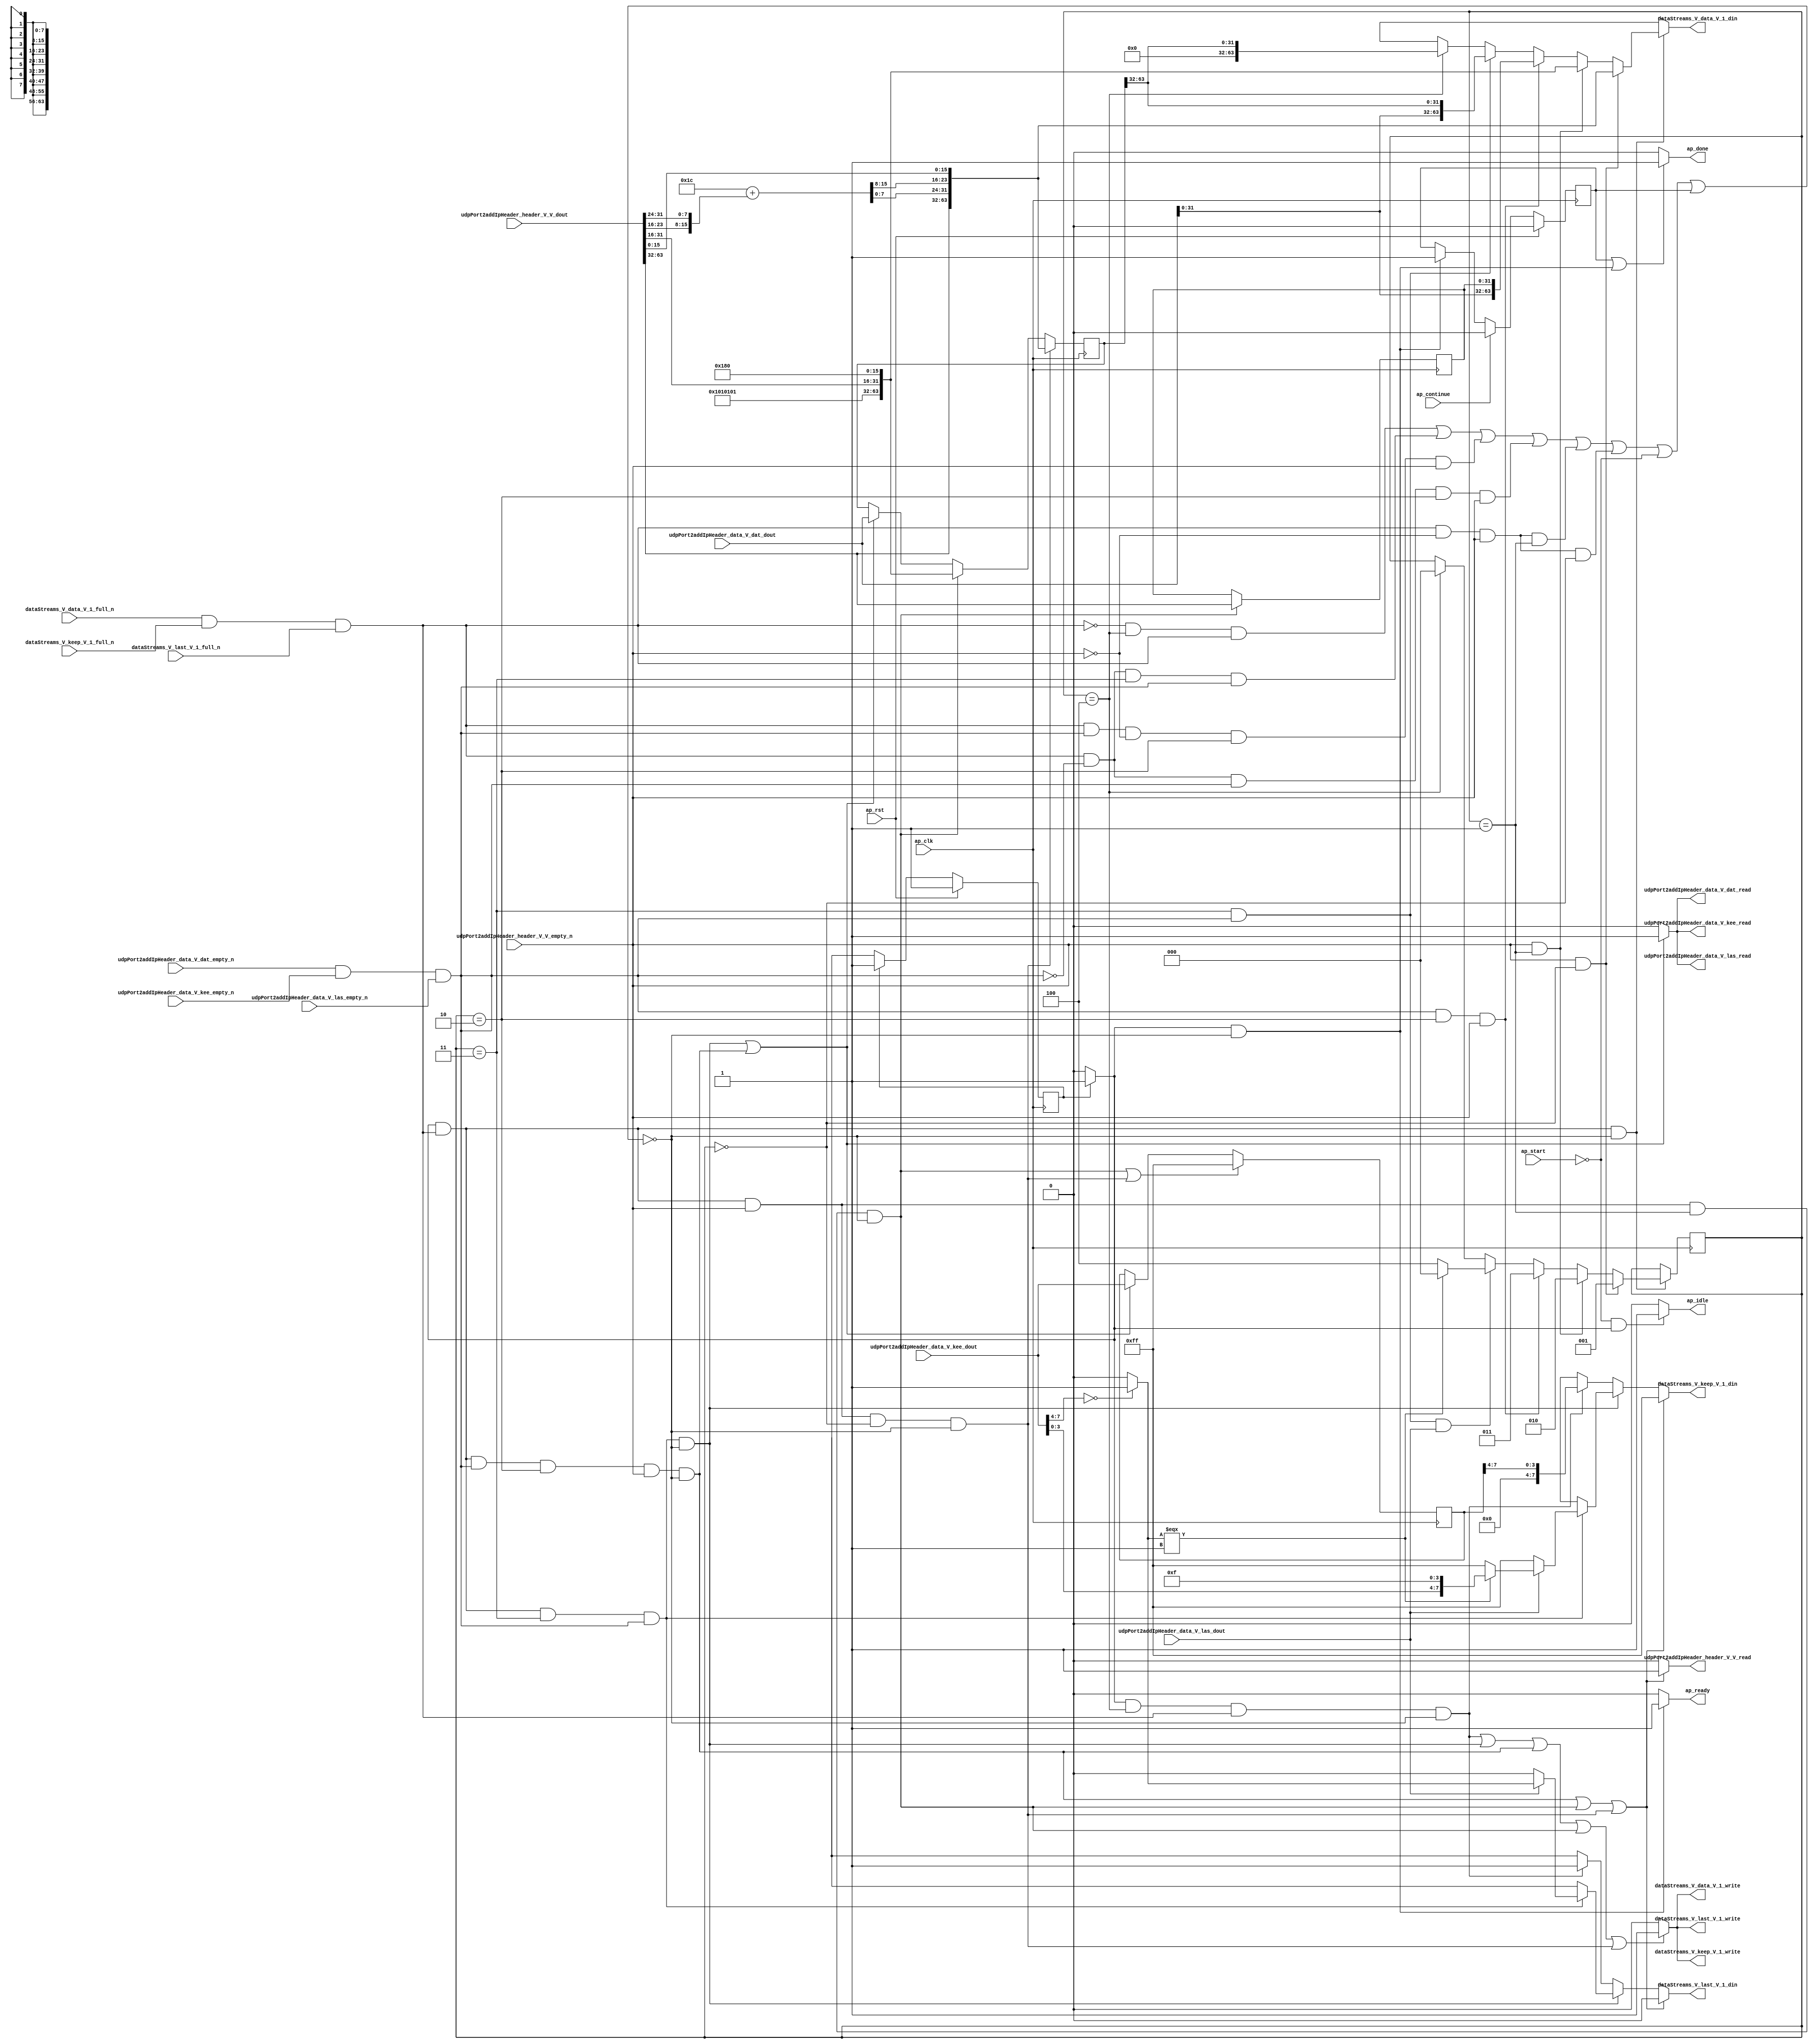
// This program was cloned from: https://github.com/mustafabbas/ECE1373_2016_hft_on_fpga
// License: MIT License

// ==============================================================
// RTL generated by Vivado(TM) HLS - High-Level Synthesis from C, C++ and SystemC
// Version: 2015.1
// Copyright (C) 2015 Xilinx Inc. All rights reserved.
// 
// ===========================================================

`timescale 1 ns / 1 ps 

module icmp_server_udpAddIpHeader (
        ap_clk,
        ap_rst,
        ap_start,
        ap_done,
        ap_continue,
        ap_idle,
        ap_ready,
        udpPort2addIpHeader_header_V_V_dout,
        udpPort2addIpHeader_header_V_V_empty_n,
        udpPort2addIpHeader_header_V_V_read,
        dataStreams_V_data_V_1_din,
        dataStreams_V_data_V_1_full_n,
        dataStreams_V_data_V_1_write,
        dataStreams_V_keep_V_1_din,
        dataStreams_V_keep_V_1_full_n,
        dataStreams_V_keep_V_1_write,
        dataStreams_V_last_V_1_din,
        dataStreams_V_last_V_1_full_n,
        dataStreams_V_last_V_1_write,
        udpPort2addIpHeader_data_V_dat_dout,
        udpPort2addIpHeader_data_V_dat_empty_n,
        udpPort2addIpHeader_data_V_dat_read,
        udpPort2addIpHeader_data_V_kee_dout,
        udpPort2addIpHeader_data_V_kee_empty_n,
        udpPort2addIpHeader_data_V_kee_read,
        udpPort2addIpHeader_data_V_las_dout,
        udpPort2addIpHeader_data_V_las_empty_n,
        udpPort2addIpHeader_data_V_las_read
);

parameter    ap_const_logic_1 = 1'b1;
parameter    ap_const_logic_0 = 1'b0;
parameter    ap_ST_st1_fsm_0 = 1'b1;
parameter    ap_const_lv32_0 = 32'b00000000000000000000000000000000;
parameter    ap_const_lv1_1 = 1'b1;
parameter    ap_const_lv3_0 = 3'b000;
parameter    ap_const_lv3_4 = 3'b100;
parameter    ap_const_lv1_0 = 1'b0;
parameter    ap_const_lv3_3 = 3'b11;
parameter    ap_const_lv3_2 = 3'b10;
parameter    ap_const_lv3_1 = 3'b1;
parameter    ap_const_lv8_FF = 8'b11111111;
parameter    ap_const_lv32_20 = 32'b100000;
parameter    ap_const_lv32_3F = 32'b111111;
parameter    ap_const_lv32_4 = 32'b100;
parameter    ap_const_lv32_7 = 32'b111;
parameter    ap_const_lv4_0 = 4'b0000;
parameter    ap_const_lv4_F = 4'b1111;
parameter    ap_const_lv8_80 = 8'b10000000;
parameter    ap_const_lv8_1 = 8'b1;
parameter    ap_const_lv32_8 = 32'b1000;
parameter    ap_const_lv32_F = 32'b1111;
parameter    ap_const_lv32_1010101 = 32'b1000000010000000100000001;
parameter    ap_const_lv32_18 = 32'b11000;
parameter    ap_const_lv32_1F = 32'b11111;
parameter    ap_const_lv32_10 = 32'b10000;
parameter    ap_const_lv32_17 = 32'b10111;
parameter    ap_const_lv16_1C = 16'b11100;
parameter    ap_true = 1'b1;

input   ap_clk;
input   ap_rst;
input   ap_start;
output   ap_done;
input   ap_continue;
output   ap_idle;
output   ap_ready;
input  [63:0] udpPort2addIpHeader_header_V_V_dout;
input   udpPort2addIpHeader_header_V_V_empty_n;
output   udpPort2addIpHeader_header_V_V_read;
output  [63:0] dataStreams_V_data_V_1_din;
input   dataStreams_V_data_V_1_full_n;
output   dataStreams_V_data_V_1_write;
output  [7:0] dataStreams_V_keep_V_1_din;
input   dataStreams_V_keep_V_1_full_n;
output   dataStreams_V_keep_V_1_write;
output  [0:0] dataStreams_V_last_V_1_din;
input   dataStreams_V_last_V_1_full_n;
output   dataStreams_V_last_V_1_write;
input  [63:0] udpPort2addIpHeader_data_V_dat_dout;
input   udpPort2addIpHeader_data_V_dat_empty_n;
output   udpPort2addIpHeader_data_V_dat_read;
input  [7:0] udpPort2addIpHeader_data_V_kee_dout;
input   udpPort2addIpHeader_data_V_kee_empty_n;
output   udpPort2addIpHeader_data_V_kee_read;
input  [0:0] udpPort2addIpHeader_data_V_las_dout;
input   udpPort2addIpHeader_data_V_las_empty_n;
output   udpPort2addIpHeader_data_V_las_read;

reg ap_done;
reg ap_idle;
reg ap_ready;
reg udpPort2addIpHeader_header_V_V_read;
reg[63:0] dataStreams_V_data_V_1_din;
reg[7:0] dataStreams_V_keep_V_1_din;
reg[0:0] dataStreams_V_last_V_1_din;
reg    ap_done_reg = 1'b0;
(* fsm_encoding = "none" *) reg   [0:0] ap_CS_fsm = 1'b1;
reg    ap_sig_cseq_ST_st1_fsm_0;
reg    ap_sig_bdd_20;
reg   [2:0] addIpState = 3'b000;
reg   [63:0] tempWord_data_V = 64'b0000000000000000000000000000000000000000000000000000000000000000;
reg   [7:0] tempWord_keep_V = 8'b00000000;
reg   [31:0] sourceIP_V = 32'b00000000000000000000000000000000;
wire   [7:0] p_0122_1_fu_355_p3;
reg   [7:0] tmp_keep_V_13_phi_fu_207_p4;
wire    dataStreams_V_data_V_11_status;
wire   [0:0] grp_nbwritereq_fu_140_p5;
wire    udpPort2addIpHeader_data_V_dat0_status;
wire   [0:0] grp_nbreadreq_fu_166_p5;
wire   [0:0] grp_nbreadreq_fu_188_p3;
reg    ap_sig_bdd_123;
wire   [0:0] tmp_last_V_fu_301_p1;
wire   [0:0] tmp_s_fu_328_p2;
reg   [0:0] tmp_last_V_11_phi_fu_218_p4;
reg    dataStreams_V_data_V_11_update;
wire   [63:0] p_Result_14_fu_271_p1;
wire   [63:0] p_Result_12_fu_309_p3;
wire   [63:0] p_Result_11_fu_382_p5;
wire   [63:0] p_Result_10_fu_441_p5;
wire   [63:0] p_Result_s_fu_522_p5;
wire   [7:0] p_Result_15_fu_290_p1;
reg    udpPort2addIpHeader_data_V_dat0_update;
wire   [2:0] storemerge_fu_347_p3;
wire   [31:0] grp_fu_227_p4;
wire   [3:0] tmp_24_fu_280_p4;
wire   [31:0] tmp_92_fu_305_p1;
wire   [3:0] p_Result_s_85_fu_318_p4;
wire   [3:0] tmp_94_fu_335_p1;
wire   [7:0] p_Result_13_fu_339_p3;
wire  signed [63:0] tempData_V_fu_374_p1;
wire   [31:0] tmp_93_fu_378_p1;
wire   [63:0] p_Result_8_fu_401_p5;
wire   [63:0] p_Result_9_fu_413_p5;
wire   [7:0] p_Result_2_i_fu_476_p4;
wire   [7:0] p_Result_i_fu_466_p4;
wire   [15:0] tempLength_V_fu_486_p3;
wire   [15:0] p_Val2_6_fu_494_p2;
wire   [7:0] tmp_91_fu_510_p1;
wire   [7:0] p_Result_i1_fu_500_p4;
wire   [15:0] tmp_i3_fu_514_p3;
reg   [0:0] ap_NS_fsm;
reg    ap_sig_bdd_337;
reg    ap_sig_bdd_95;
reg    ap_sig_bdd_102;
reg    ap_sig_bdd_107;
reg    ap_sig_bdd_336;
reg    ap_sig_bdd_84;
reg    ap_sig_bdd_189;




/// the current state (ap_CS_fsm) of the state machine. ///
always @ (posedge ap_clk)
begin : ap_ret_ap_CS_fsm
    if (ap_rst == 1'b1) begin
        ap_CS_fsm <= ap_ST_st1_fsm_0;
    end else begin
        ap_CS_fsm <= ap_NS_fsm;
    end
end

/// ap_done_reg assign process. ///
always @ (posedge ap_clk)
begin : ap_ret_ap_done_reg
    if (ap_rst == 1'b1) begin
        ap_done_reg <= ap_const_logic_0;
    end else begin
        if ((ap_const_logic_1 == ap_continue)) begin
            ap_done_reg <= ap_const_logic_0;
        end else if (((ap_const_logic_1 == ap_sig_cseq_ST_st1_fsm_0) & ~ap_sig_bdd_123)) begin
            ap_done_reg <= ap_const_logic_1;
        end
    end
end

/// assign process. ///
always @(posedge ap_clk)
begin
    if (ap_sig_bdd_336) begin
        if (ap_sig_bdd_107) begin
            addIpState <= ap_const_lv3_1;
        end else if (ap_sig_bdd_102) begin
            addIpState <= ap_const_lv3_2;
        end else if (ap_sig_bdd_95) begin
            addIpState <= ap_const_lv3_3;
        end else if (ap_sig_bdd_337) begin
            addIpState <= storemerge_fu_347_p3;
        end else if ((addIpState == ap_const_lv3_4)) begin
            addIpState <= ap_const_lv3_0;
        end
    end
end

/// assign process. ///
always @(posedge ap_clk)
begin
    if (((ap_const_logic_1 == ap_sig_cseq_ST_st1_fsm_0) & ~(grp_nbwritereq_fu_140_p5 == ap_const_lv1_0) & ~(ap_const_lv1_0 == grp_nbreadreq_fu_188_p3) & (ap_const_lv3_0 == addIpState) & ~ap_sig_bdd_123)) begin
        tempWord_data_V <= p_Result_s_fu_522_p5;
    end else if (((ap_const_logic_1 == ap_sig_cseq_ST_st1_fsm_0) & ~(grp_nbwritereq_fu_140_p5 == ap_const_lv1_0) & ~(ap_const_lv1_0 == grp_nbreadreq_fu_188_p3) & (addIpState == ap_const_lv3_1) & ~ap_sig_bdd_123)) begin
        tempWord_data_V <= p_Result_10_fu_441_p5;
    end else if ((((ap_const_logic_1 == ap_sig_cseq_ST_st1_fsm_0) & ~(grp_nbwritereq_fu_140_p5 == ap_const_lv1_0) & (addIpState == ap_const_lv3_3) & ~(ap_const_lv1_0 == grp_nbreadreq_fu_166_p5) & ~ap_sig_bdd_123) | ((ap_const_logic_1 == ap_sig_cseq_ST_st1_fsm_0) & ~(grp_nbwritereq_fu_140_p5 == ap_const_lv1_0) & ~(ap_const_lv1_0 == grp_nbreadreq_fu_166_p5) & (addIpState == ap_const_lv3_2) & ~(ap_const_lv1_0 == grp_nbreadreq_fu_188_p3) & ~ap_sig_bdd_123))) begin
        tempWord_data_V <= udpPort2addIpHeader_data_V_dat_dout;
    end
end

/// assign process. ///
always @(posedge ap_clk)
begin
    if ((((ap_const_logic_1 == ap_sig_cseq_ST_st1_fsm_0) & ~(grp_nbwritereq_fu_140_p5 == ap_const_lv1_0) & ~(ap_const_lv1_0 == grp_nbreadreq_fu_188_p3) & (addIpState == ap_const_lv3_1) & ~ap_sig_bdd_123) | ((ap_const_logic_1 == ap_sig_cseq_ST_st1_fsm_0) & ~(grp_nbwritereq_fu_140_p5 == ap_const_lv1_0) & ~(ap_const_lv1_0 == grp_nbreadreq_fu_188_p3) & (ap_const_lv3_0 == addIpState) & ~ap_sig_bdd_123))) begin
        tempWord_keep_V <= ap_const_lv8_FF;
    end else if ((((ap_const_logic_1 == ap_sig_cseq_ST_st1_fsm_0) & ~(grp_nbwritereq_fu_140_p5 == ap_const_lv1_0) & (addIpState == ap_const_lv3_3) & ~(ap_const_lv1_0 == grp_nbreadreq_fu_166_p5) & ~ap_sig_bdd_123) | ((ap_const_logic_1 == ap_sig_cseq_ST_st1_fsm_0) & ~(grp_nbwritereq_fu_140_p5 == ap_const_lv1_0) & ~(ap_const_lv1_0 == grp_nbreadreq_fu_166_p5) & (addIpState == ap_const_lv3_2) & ~(ap_const_lv1_0 == grp_nbreadreq_fu_188_p3) & ~ap_sig_bdd_123))) begin
        tempWord_keep_V <= udpPort2addIpHeader_data_V_kee_dout;
    end
end

/// assign process. ///
always @(posedge ap_clk)
begin
    if (((ap_const_logic_1 == ap_sig_cseq_ST_st1_fsm_0) & ~(grp_nbwritereq_fu_140_p5 == ap_const_lv1_0) & ~(ap_const_lv1_0 == grp_nbreadreq_fu_188_p3) & (addIpState == ap_const_lv3_1) & ~ap_sig_bdd_123)) begin
        sourceIP_V <= {{udpPort2addIpHeader_header_V_V_dout[ap_const_lv32_3F : ap_const_lv32_20]}};
    end
end

/// ap_done assign process. ///
always @ (ap_done_reg or ap_sig_cseq_ST_st1_fsm_0 or ap_sig_bdd_123)
begin
    if (((ap_const_logic_1 == ap_done_reg) | ((ap_const_logic_1 == ap_sig_cseq_ST_st1_fsm_0) & ~ap_sig_bdd_123))) begin
        ap_done = ap_const_logic_1;
    end else begin
        ap_done = ap_const_logic_0;
    end
end

/// ap_idle assign process. ///
always @ (ap_start or ap_sig_cseq_ST_st1_fsm_0)
begin
    if ((~(ap_const_logic_1 == ap_start) & (ap_const_logic_1 == ap_sig_cseq_ST_st1_fsm_0))) begin
        ap_idle = ap_const_logic_1;
    end else begin
        ap_idle = ap_const_logic_0;
    end
end

/// ap_ready assign process. ///
always @ (ap_sig_cseq_ST_st1_fsm_0 or ap_sig_bdd_123)
begin
    if (((ap_const_logic_1 == ap_sig_cseq_ST_st1_fsm_0) & ~ap_sig_bdd_123)) begin
        ap_ready = ap_const_logic_1;
    end else begin
        ap_ready = ap_const_logic_0;
    end
end

/// ap_sig_cseq_ST_st1_fsm_0 assign process. ///
always @ (ap_sig_bdd_20)
begin
    if (ap_sig_bdd_20) begin
        ap_sig_cseq_ST_st1_fsm_0 = ap_const_logic_1;
    end else begin
        ap_sig_cseq_ST_st1_fsm_0 = ap_const_logic_0;
    end
end

/// dataStreams_V_data_V_11_update assign process. ///
always @ (ap_sig_cseq_ST_st1_fsm_0 or addIpState or grp_nbwritereq_fu_140_p5 or grp_nbreadreq_fu_166_p5 or grp_nbreadreq_fu_188_p3 or ap_sig_bdd_123)
begin
    if ((((ap_const_logic_1 == ap_sig_cseq_ST_st1_fsm_0) & (addIpState == ap_const_lv3_4) & ~(grp_nbwritereq_fu_140_p5 == ap_const_lv1_0) & ~ap_sig_bdd_123) | ((ap_const_logic_1 == ap_sig_cseq_ST_st1_fsm_0) & ~(grp_nbwritereq_fu_140_p5 == ap_const_lv1_0) & (addIpState == ap_const_lv3_3) & ~(ap_const_lv1_0 == grp_nbreadreq_fu_166_p5) & ~ap_sig_bdd_123) | ((ap_const_logic_1 == ap_sig_cseq_ST_st1_fsm_0) & ~(grp_nbwritereq_fu_140_p5 == ap_const_lv1_0) & ~(ap_const_lv1_0 == grp_nbreadreq_fu_166_p5) & (addIpState == ap_const_lv3_2) & ~(ap_const_lv1_0 == grp_nbreadreq_fu_188_p3) & ~ap_sig_bdd_123) | ((ap_const_logic_1 == ap_sig_cseq_ST_st1_fsm_0) & ~(grp_nbwritereq_fu_140_p5 == ap_const_lv1_0) & ~(ap_const_lv1_0 == grp_nbreadreq_fu_188_p3) & (addIpState == ap_const_lv3_1) & ~ap_sig_bdd_123) | ((ap_const_logic_1 == ap_sig_cseq_ST_st1_fsm_0) & ~(grp_nbwritereq_fu_140_p5 == ap_const_lv1_0) & ~(ap_const_lv1_0 == grp_nbreadreq_fu_188_p3) & (ap_const_lv3_0 == addIpState) & ~ap_sig_bdd_123))) begin
        dataStreams_V_data_V_11_update = ap_const_logic_1;
    end else begin
        dataStreams_V_data_V_11_update = ap_const_logic_0;
    end
end

/// dataStreams_V_data_V_1_din assign process. ///
always @ (addIpState or p_Result_14_fu_271_p1 or p_Result_12_fu_309_p3 or p_Result_11_fu_382_p5 or p_Result_10_fu_441_p5 or p_Result_s_fu_522_p5 or ap_sig_bdd_95 or ap_sig_bdd_102 or ap_sig_bdd_107 or ap_sig_bdd_336 or ap_sig_bdd_84)
begin
    if (ap_sig_bdd_336) begin
        if (ap_sig_bdd_107) begin
            dataStreams_V_data_V_1_din = p_Result_s_fu_522_p5;
        end else if (ap_sig_bdd_102) begin
            dataStreams_V_data_V_1_din = p_Result_10_fu_441_p5;
        end else if (ap_sig_bdd_95) begin
            dataStreams_V_data_V_1_din = p_Result_11_fu_382_p5;
        end else if (ap_sig_bdd_84) begin
            dataStreams_V_data_V_1_din = p_Result_12_fu_309_p3;
        end else if ((addIpState == ap_const_lv3_4)) begin
            dataStreams_V_data_V_1_din = p_Result_14_fu_271_p1;
        end else begin
            dataStreams_V_data_V_1_din = 'bx;
        end
    end else begin
        dataStreams_V_data_V_1_din = 'bx;
    end
end

/// dataStreams_V_keep_V_1_din assign process. ///
always @ (ap_sig_cseq_ST_st1_fsm_0 or addIpState or tmp_keep_V_13_phi_fu_207_p4 or grp_nbwritereq_fu_140_p5 or grp_nbreadreq_fu_166_p5 or grp_nbreadreq_fu_188_p3 or ap_sig_bdd_123 or p_Result_15_fu_290_p1)
begin
    if ((((ap_const_logic_1 == ap_sig_cseq_ST_st1_fsm_0) & ~(grp_nbwritereq_fu_140_p5 == ap_const_lv1_0) & ~(ap_const_lv1_0 == grp_nbreadreq_fu_166_p5) & (addIpState == ap_const_lv3_2) & ~(ap_const_lv1_0 == grp_nbreadreq_fu_188_p3) & ~ap_sig_bdd_123) | ((ap_const_logic_1 == ap_sig_cseq_ST_st1_fsm_0) & ~(grp_nbwritereq_fu_140_p5 == ap_const_lv1_0) & ~(ap_const_lv1_0 == grp_nbreadreq_fu_188_p3) & (addIpState == ap_const_lv3_1) & ~ap_sig_bdd_123) | ((ap_const_logic_1 == ap_sig_cseq_ST_st1_fsm_0) & ~(grp_nbwritereq_fu_140_p5 == ap_const_lv1_0) & ~(ap_const_lv1_0 == grp_nbreadreq_fu_188_p3) & (ap_const_lv3_0 == addIpState) & ~ap_sig_bdd_123))) begin
        dataStreams_V_keep_V_1_din = ap_const_lv8_FF;
    end else if (((ap_const_logic_1 == ap_sig_cseq_ST_st1_fsm_0) & ~(grp_nbwritereq_fu_140_p5 == ap_const_lv1_0) & (addIpState == ap_const_lv3_3) & ~(ap_const_lv1_0 == grp_nbreadreq_fu_166_p5) & ~ap_sig_bdd_123)) begin
        dataStreams_V_keep_V_1_din = tmp_keep_V_13_phi_fu_207_p4;
    end else if (((ap_const_logic_1 == ap_sig_cseq_ST_st1_fsm_0) & (addIpState == ap_const_lv3_4) & ~(grp_nbwritereq_fu_140_p5 == ap_const_lv1_0) & ~ap_sig_bdd_123)) begin
        dataStreams_V_keep_V_1_din = p_Result_15_fu_290_p1;
    end else begin
        dataStreams_V_keep_V_1_din = 'bx;
    end
end

/// dataStreams_V_last_V_1_din assign process. ///
always @ (ap_sig_cseq_ST_st1_fsm_0 or addIpState or grp_nbwritereq_fu_140_p5 or grp_nbreadreq_fu_166_p5 or grp_nbreadreq_fu_188_p3 or ap_sig_bdd_123 or tmp_last_V_11_phi_fu_218_p4)
begin
    if ((((ap_const_logic_1 == ap_sig_cseq_ST_st1_fsm_0) & ~(grp_nbwritereq_fu_140_p5 == ap_const_lv1_0) & ~(ap_const_lv1_0 == grp_nbreadreq_fu_166_p5) & (addIpState == ap_const_lv3_2) & ~(ap_const_lv1_0 == grp_nbreadreq_fu_188_p3) & ~ap_sig_bdd_123) | ((ap_const_logic_1 == ap_sig_cseq_ST_st1_fsm_0) & ~(grp_nbwritereq_fu_140_p5 == ap_const_lv1_0) & ~(ap_const_lv1_0 == grp_nbreadreq_fu_188_p3) & (addIpState == ap_const_lv3_1) & ~ap_sig_bdd_123) | ((ap_const_logic_1 == ap_sig_cseq_ST_st1_fsm_0) & ~(grp_nbwritereq_fu_140_p5 == ap_const_lv1_0) & ~(ap_const_lv1_0 == grp_nbreadreq_fu_188_p3) & (ap_const_lv3_0 == addIpState) & ~ap_sig_bdd_123))) begin
        dataStreams_V_last_V_1_din = ap_const_lv1_0;
    end else if (((ap_const_logic_1 == ap_sig_cseq_ST_st1_fsm_0) & ~(grp_nbwritereq_fu_140_p5 == ap_const_lv1_0) & (addIpState == ap_const_lv3_3) & ~(ap_const_lv1_0 == grp_nbreadreq_fu_166_p5) & ~ap_sig_bdd_123)) begin
        dataStreams_V_last_V_1_din = tmp_last_V_11_phi_fu_218_p4;
    end else if (((ap_const_logic_1 == ap_sig_cseq_ST_st1_fsm_0) & (addIpState == ap_const_lv3_4) & ~(grp_nbwritereq_fu_140_p5 == ap_const_lv1_0) & ~ap_sig_bdd_123)) begin
        dataStreams_V_last_V_1_din = ap_const_lv1_1;
    end else begin
        dataStreams_V_last_V_1_din = 'bx;
    end
end

/// tmp_keep_V_13_phi_fu_207_p4 assign process. ///
always @ (p_0122_1_fu_355_p3 or tmp_last_V_fu_301_p1 or ap_sig_bdd_189)
begin
    if (ap_sig_bdd_189) begin
        if ((ap_const_lv1_0 == tmp_last_V_fu_301_p1)) begin
            tmp_keep_V_13_phi_fu_207_p4 = ap_const_lv8_FF;
        end else if (~(ap_const_lv1_0 == tmp_last_V_fu_301_p1)) begin
            tmp_keep_V_13_phi_fu_207_p4 = p_0122_1_fu_355_p3;
        end else begin
            tmp_keep_V_13_phi_fu_207_p4 = 'bx;
        end
    end else begin
        tmp_keep_V_13_phi_fu_207_p4 = 'bx;
    end
end

/// tmp_last_V_11_phi_fu_218_p4 assign process. ///
always @ (tmp_last_V_fu_301_p1 or tmp_s_fu_328_p2 or ap_sig_bdd_189)
begin
    if (ap_sig_bdd_189) begin
        if ((ap_const_lv1_0 == tmp_last_V_fu_301_p1)) begin
            tmp_last_V_11_phi_fu_218_p4 = ap_const_lv1_0;
        end else if (~(ap_const_lv1_0 == tmp_last_V_fu_301_p1)) begin
            tmp_last_V_11_phi_fu_218_p4 = tmp_s_fu_328_p2;
        end else begin
            tmp_last_V_11_phi_fu_218_p4 = 'bx;
        end
    end else begin
        tmp_last_V_11_phi_fu_218_p4 = 'bx;
    end
end

/// udpPort2addIpHeader_data_V_dat0_update assign process. ///
always @ (ap_sig_cseq_ST_st1_fsm_0 or addIpState or grp_nbwritereq_fu_140_p5 or grp_nbreadreq_fu_166_p5 or grp_nbreadreq_fu_188_p3 or ap_sig_bdd_123)
begin
    if ((((ap_const_logic_1 == ap_sig_cseq_ST_st1_fsm_0) & ~(grp_nbwritereq_fu_140_p5 == ap_const_lv1_0) & (addIpState == ap_const_lv3_3) & ~(ap_const_lv1_0 == grp_nbreadreq_fu_166_p5) & ~ap_sig_bdd_123) | ((ap_const_logic_1 == ap_sig_cseq_ST_st1_fsm_0) & ~(grp_nbwritereq_fu_140_p5 == ap_const_lv1_0) & ~(ap_const_lv1_0 == grp_nbreadreq_fu_166_p5) & (addIpState == ap_const_lv3_2) & ~(ap_const_lv1_0 == grp_nbreadreq_fu_188_p3) & ~ap_sig_bdd_123))) begin
        udpPort2addIpHeader_data_V_dat0_update = ap_const_logic_1;
    end else begin
        udpPort2addIpHeader_data_V_dat0_update = ap_const_logic_0;
    end
end

/// udpPort2addIpHeader_header_V_V_read assign process. ///
always @ (ap_sig_cseq_ST_st1_fsm_0 or addIpState or grp_nbwritereq_fu_140_p5 or grp_nbreadreq_fu_166_p5 or grp_nbreadreq_fu_188_p3 or ap_sig_bdd_123)
begin
    if ((((ap_const_logic_1 == ap_sig_cseq_ST_st1_fsm_0) & ~(grp_nbwritereq_fu_140_p5 == ap_const_lv1_0) & ~(ap_const_lv1_0 == grp_nbreadreq_fu_166_p5) & (addIpState == ap_const_lv3_2) & ~(ap_const_lv1_0 == grp_nbreadreq_fu_188_p3) & ~ap_sig_bdd_123) | ((ap_const_logic_1 == ap_sig_cseq_ST_st1_fsm_0) & ~(grp_nbwritereq_fu_140_p5 == ap_const_lv1_0) & ~(ap_const_lv1_0 == grp_nbreadreq_fu_188_p3) & (addIpState == ap_const_lv3_1) & ~ap_sig_bdd_123) | ((ap_const_logic_1 == ap_sig_cseq_ST_st1_fsm_0) & ~(grp_nbwritereq_fu_140_p5 == ap_const_lv1_0) & ~(ap_const_lv1_0 == grp_nbreadreq_fu_188_p3) & (ap_const_lv3_0 == addIpState) & ~ap_sig_bdd_123))) begin
        udpPort2addIpHeader_header_V_V_read = ap_const_logic_1;
    end else begin
        udpPort2addIpHeader_header_V_V_read = ap_const_logic_0;
    end
end
/// the next state (ap_NS_fsm) of the state machine. ///
always @ (ap_CS_fsm or ap_sig_bdd_123)
begin
    case (ap_CS_fsm)
        ap_ST_st1_fsm_0 : 
        begin
            ap_NS_fsm = ap_ST_st1_fsm_0;
        end
        default : 
        begin
            ap_NS_fsm = 'bx;
        end
    endcase
end


/// ap_sig_bdd_102 assign process. ///
always @ (addIpState or grp_nbreadreq_fu_188_p3)
begin
    ap_sig_bdd_102 = (~(ap_const_lv1_0 == grp_nbreadreq_fu_188_p3) & (addIpState == ap_const_lv3_1));
end

/// ap_sig_bdd_107 assign process. ///
always @ (addIpState or grp_nbreadreq_fu_188_p3)
begin
    ap_sig_bdd_107 = (~(ap_const_lv1_0 == grp_nbreadreq_fu_188_p3) & (ap_const_lv3_0 == addIpState));
end

/// ap_sig_bdd_123 assign process. ///
always @ (ap_start or ap_done_reg or addIpState or udpPort2addIpHeader_header_V_V_empty_n or dataStreams_V_data_V_11_status or grp_nbwritereq_fu_140_p5 or udpPort2addIpHeader_data_V_dat0_status or grp_nbreadreq_fu_166_p5 or grp_nbreadreq_fu_188_p3)
begin
    ap_sig_bdd_123 = (((dataStreams_V_data_V_11_status == ap_const_logic_0) & (addIpState == ap_const_lv3_4) & ~(grp_nbwritereq_fu_140_p5 == ap_const_lv1_0)) | (~(grp_nbwritereq_fu_140_p5 == ap_const_lv1_0) & (udpPort2addIpHeader_data_V_dat0_status == ap_const_logic_0) & (addIpState == ap_const_lv3_3) & ~(ap_const_lv1_0 == grp_nbreadreq_fu_166_p5)) | ((dataStreams_V_data_V_11_status == ap_const_logic_0) & ~(grp_nbwritereq_fu_140_p5 == ap_const_lv1_0) & (addIpState == ap_const_lv3_3) & ~(ap_const_lv1_0 == grp_nbreadreq_fu_166_p5)) | (~(grp_nbwritereq_fu_140_p5 == ap_const_lv1_0) & ~(ap_const_lv1_0 == grp_nbreadreq_fu_166_p5) & (udpPort2addIpHeader_header_V_V_empty_n == ap_const_logic_0) & (addIpState == ap_const_lv3_2) & ~(ap_const_lv1_0 == grp_nbreadreq_fu_188_p3)) | (~(grp_nbwritereq_fu_140_p5 == ap_const_lv1_0) & (udpPort2addIpHeader_data_V_dat0_status == ap_const_logic_0) & ~(ap_const_lv1_0 == grp_nbreadreq_fu_166_p5) & (addIpState == ap_const_lv3_2) & ~(ap_const_lv1_0 == grp_nbreadreq_fu_188_p3)) | ((dataStreams_V_data_V_11_status == ap_const_logic_0) & ~(grp_nbwritereq_fu_140_p5 == ap_const_lv1_0) & ~(ap_const_lv1_0 == grp_nbreadreq_fu_166_p5) & (addIpState == ap_const_lv3_2) & ~(ap_const_lv1_0 == grp_nbreadreq_fu_188_p3)) | (~(grp_nbwritereq_fu_140_p5 == ap_const_lv1_0) & (udpPort2addIpHeader_header_V_V_empty_n == ap_const_logic_0) & ~(ap_const_lv1_0 == grp_nbreadreq_fu_188_p3) & (addIpState == ap_const_lv3_1)) | ((dataStreams_V_data_V_11_status == ap_const_logic_0) & ~(grp_nbwritereq_fu_140_p5 == ap_const_lv1_0) & ~(ap_const_lv1_0 == grp_nbreadreq_fu_188_p3) & (addIpState == ap_const_lv3_1)) | (~(grp_nbwritereq_fu_140_p5 == ap_const_lv1_0) & (udpPort2addIpHeader_header_V_V_empty_n == ap_const_logic_0) & ~(ap_const_lv1_0 == grp_nbreadreq_fu_188_p3) & (ap_const_lv3_0 == addIpState)) | ((dataStreams_V_data_V_11_status == ap_const_logic_0) & ~(grp_nbwritereq_fu_140_p5 == ap_const_lv1_0) & ~(ap_const_lv1_0 == grp_nbreadreq_fu_188_p3) & (ap_const_lv3_0 == addIpState)) | (ap_start == ap_const_logic_0) | (ap_done_reg == ap_const_logic_1));
end

/// ap_sig_bdd_189 assign process. ///
always @ (ap_sig_cseq_ST_st1_fsm_0 or addIpState or grp_nbwritereq_fu_140_p5 or grp_nbreadreq_fu_166_p5)
begin
    ap_sig_bdd_189 = ((ap_const_logic_1 == ap_sig_cseq_ST_st1_fsm_0) & ~(grp_nbwritereq_fu_140_p5 == ap_const_lv1_0) & (addIpState == ap_const_lv3_3) & ~(ap_const_lv1_0 == grp_nbreadreq_fu_166_p5));
end

/// ap_sig_bdd_20 assign process. ///
always @ (ap_CS_fsm)
begin
    ap_sig_bdd_20 = (ap_CS_fsm[ap_const_lv32_0] == ap_const_lv1_1);
end

/// ap_sig_bdd_336 assign process. ///
always @ (ap_sig_cseq_ST_st1_fsm_0 or grp_nbwritereq_fu_140_p5 or ap_sig_bdd_123)
begin
    ap_sig_bdd_336 = ((ap_const_logic_1 == ap_sig_cseq_ST_st1_fsm_0) & ~(grp_nbwritereq_fu_140_p5 == ap_const_lv1_0) & ~ap_sig_bdd_123);
end

/// ap_sig_bdd_337 assign process. ///
always @ (addIpState or grp_nbreadreq_fu_166_p5 or tmp_last_V_fu_301_p1)
begin
    ap_sig_bdd_337 = ((addIpState == ap_const_lv3_3) & ~(ap_const_lv1_0 == grp_nbreadreq_fu_166_p5) & ~(ap_const_lv1_0 == tmp_last_V_fu_301_p1));
end

/// ap_sig_bdd_84 assign process. ///
always @ (addIpState or grp_nbreadreq_fu_166_p5)
begin
    ap_sig_bdd_84 = ((addIpState == ap_const_lv3_3) & ~(ap_const_lv1_0 == grp_nbreadreq_fu_166_p5));
end

/// ap_sig_bdd_95 assign process. ///
always @ (addIpState or grp_nbreadreq_fu_166_p5 or grp_nbreadreq_fu_188_p3)
begin
    ap_sig_bdd_95 = (~(ap_const_lv1_0 == grp_nbreadreq_fu_166_p5) & (addIpState == ap_const_lv3_2) & ~(ap_const_lv1_0 == grp_nbreadreq_fu_188_p3));
end
assign dataStreams_V_data_V_11_status = (dataStreams_V_data_V_1_full_n & dataStreams_V_keep_V_1_full_n & dataStreams_V_last_V_1_full_n);
assign dataStreams_V_data_V_1_write = dataStreams_V_data_V_11_update;
assign dataStreams_V_keep_V_1_write = dataStreams_V_data_V_11_update;
assign dataStreams_V_last_V_1_write = dataStreams_V_data_V_11_update;
assign grp_fu_227_p4 = {{tempWord_data_V[ap_const_lv32_3F : ap_const_lv32_20]}};
assign grp_nbreadreq_fu_166_p5 = (udpPort2addIpHeader_data_V_dat_empty_n & udpPort2addIpHeader_data_V_kee_empty_n & udpPort2addIpHeader_data_V_las_empty_n);
assign grp_nbreadreq_fu_188_p3 = udpPort2addIpHeader_header_V_V_empty_n;
assign grp_nbwritereq_fu_140_p5 = (dataStreams_V_data_V_1_full_n & dataStreams_V_keep_V_1_full_n & dataStreams_V_last_V_1_full_n);
assign p_0122_1_fu_355_p3 = ((tmp_s_fu_328_p2[0:0]===1'b1)? p_Result_13_fu_339_p3: ap_const_lv8_FF);
assign p_Result_10_fu_441_p5 = {{ap_const_lv32_1010101}, {p_Result_9_fu_413_p5[32'd31 : 32'd0]}};
assign p_Result_11_fu_382_p5 = {{tmp_93_fu_378_p1}, {tempData_V_fu_374_p1[32'd31 : 32'd0]}};
assign p_Result_12_fu_309_p3 = {{tmp_92_fu_305_p1}, {grp_fu_227_p4}};
assign p_Result_13_fu_339_p3 = {{tmp_94_fu_335_p1}, {ap_const_lv4_F}};
assign p_Result_14_fu_271_p1 = grp_fu_227_p4;
assign p_Result_15_fu_290_p1 = tmp_24_fu_280_p4;
assign p_Result_2_i_fu_476_p4 = {{udpPort2addIpHeader_header_V_V_dout[ap_const_lv32_17 : ap_const_lv32_10]}};
assign p_Result_8_fu_401_p5 = {{udpPort2addIpHeader_header_V_V_dout[32'd63 : 32'd8]}, {ap_const_lv8_80}};
assign p_Result_9_fu_413_p5 = {{p_Result_8_fu_401_p5[32'd63 : 32'd16]}, {ap_const_lv8_1}, {p_Result_8_fu_401_p5[32'd7 : 32'd0]}};
assign p_Result_i1_fu_500_p4 = {{p_Val2_6_fu_494_p2[ap_const_lv32_F : ap_const_lv32_8]}};
assign p_Result_i_fu_466_p4 = {{udpPort2addIpHeader_header_V_V_dout[ap_const_lv32_1F : ap_const_lv32_18]}};
assign p_Result_s_85_fu_318_p4 = {{udpPort2addIpHeader_data_V_kee_dout[ap_const_lv32_7 : ap_const_lv32_4]}};
assign p_Result_s_fu_522_p5 = {{udpPort2addIpHeader_header_V_V_dout[32'd63 : 32'd32]}, {tmp_i3_fu_514_p3}, {udpPort2addIpHeader_header_V_V_dout[32'd15 : 32'd0]}};
assign p_Val2_6_fu_494_p2 = (ap_const_lv16_1C + tempLength_V_fu_486_p3);
assign storemerge_fu_347_p3 = ((tmp_s_fu_328_p2[0:0]===1'b1)? ap_const_lv3_0: ap_const_lv3_4);
assign tempData_V_fu_374_p1 = $signed(sourceIP_V);
assign tempLength_V_fu_486_p3 = {{p_Result_2_i_fu_476_p4}, {p_Result_i_fu_466_p4}};
assign tmp_24_fu_280_p4 = {{tempWord_keep_V[ap_const_lv32_7 : ap_const_lv32_4]}};
assign tmp_91_fu_510_p1 = p_Val2_6_fu_494_p2[7:0];
assign tmp_92_fu_305_p1 = udpPort2addIpHeader_data_V_dat_dout[31:0];
assign tmp_93_fu_378_p1 = udpPort2addIpHeader_data_V_dat_dout[31:0];
assign tmp_94_fu_335_p1 = udpPort2addIpHeader_data_V_kee_dout[3:0];
assign tmp_i3_fu_514_p3 = {{tmp_91_fu_510_p1}, {p_Result_i1_fu_500_p4}};
assign tmp_last_V_fu_301_p1 = udpPort2addIpHeader_data_V_las_dout;
assign tmp_s_fu_328_p2 = (p_Result_s_85_fu_318_p4 == ap_const_lv4_0? 1'b1: 1'b0);
assign udpPort2addIpHeader_data_V_dat0_status = (udpPort2addIpHeader_data_V_dat_empty_n & udpPort2addIpHeader_data_V_kee_empty_n & udpPort2addIpHeader_data_V_las_empty_n);
assign udpPort2addIpHeader_data_V_dat_read = udpPort2addIpHeader_data_V_dat0_update;
assign udpPort2addIpHeader_data_V_kee_read = udpPort2addIpHeader_data_V_dat0_update;
assign udpPort2addIpHeader_data_V_las_read = udpPort2addIpHeader_data_V_dat0_update;


endmodule //icmp_server_udpAddIpHeader